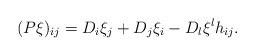
\begin{align*}(P\xi)_{ij} = D_i\xi_j+D_j\xi_i -D_l\xi^l h_{ij}.\end{align*}